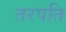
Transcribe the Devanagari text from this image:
तरपति